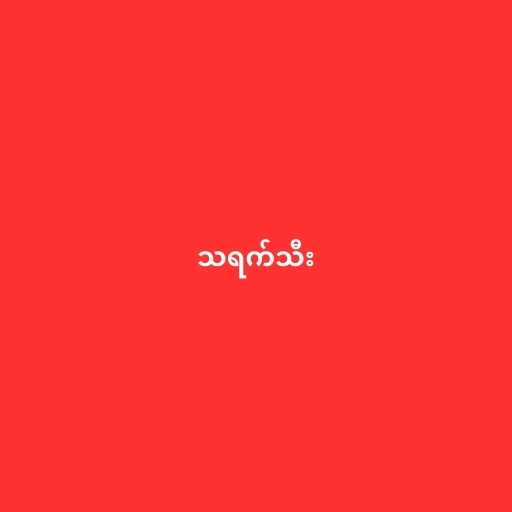
သရက်သီး